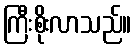
ကြီးစိုးလာသည်။